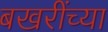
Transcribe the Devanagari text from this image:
बखरींच्या